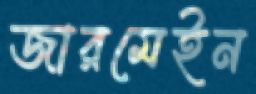
জারমেইন